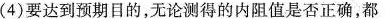
(4)要达到预期目的，无论测得的内阻值是否正确，都